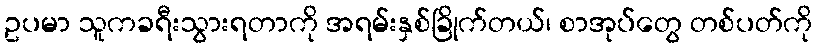
ဥပမာ သူကခရီးသွားရတာကို အရမ်းနှစ်ခြိုက်တယ်၊ စာအုပ်တွေ တစ်ပတ်ကို